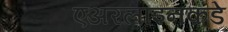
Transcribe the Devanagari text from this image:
एअरलाइनकडे